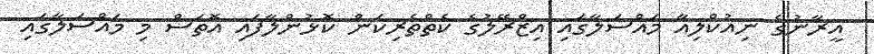
އީރާނުގެ ނިއުކްލިއާ މައްސަލާގައި އިޒްރޭލުގެ ކެތްތެރިކަން ކޮޅުންލާފައި އޮތަސް މި މައްސަލާގައި